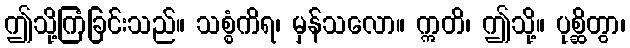
ဤသို့ကြံခြင်းသည်။ သစ္စံကိရ၊ မှန်သလော။ ဣတိ၊ ဤသို့။ ပုစ္ဆိတွာ၊